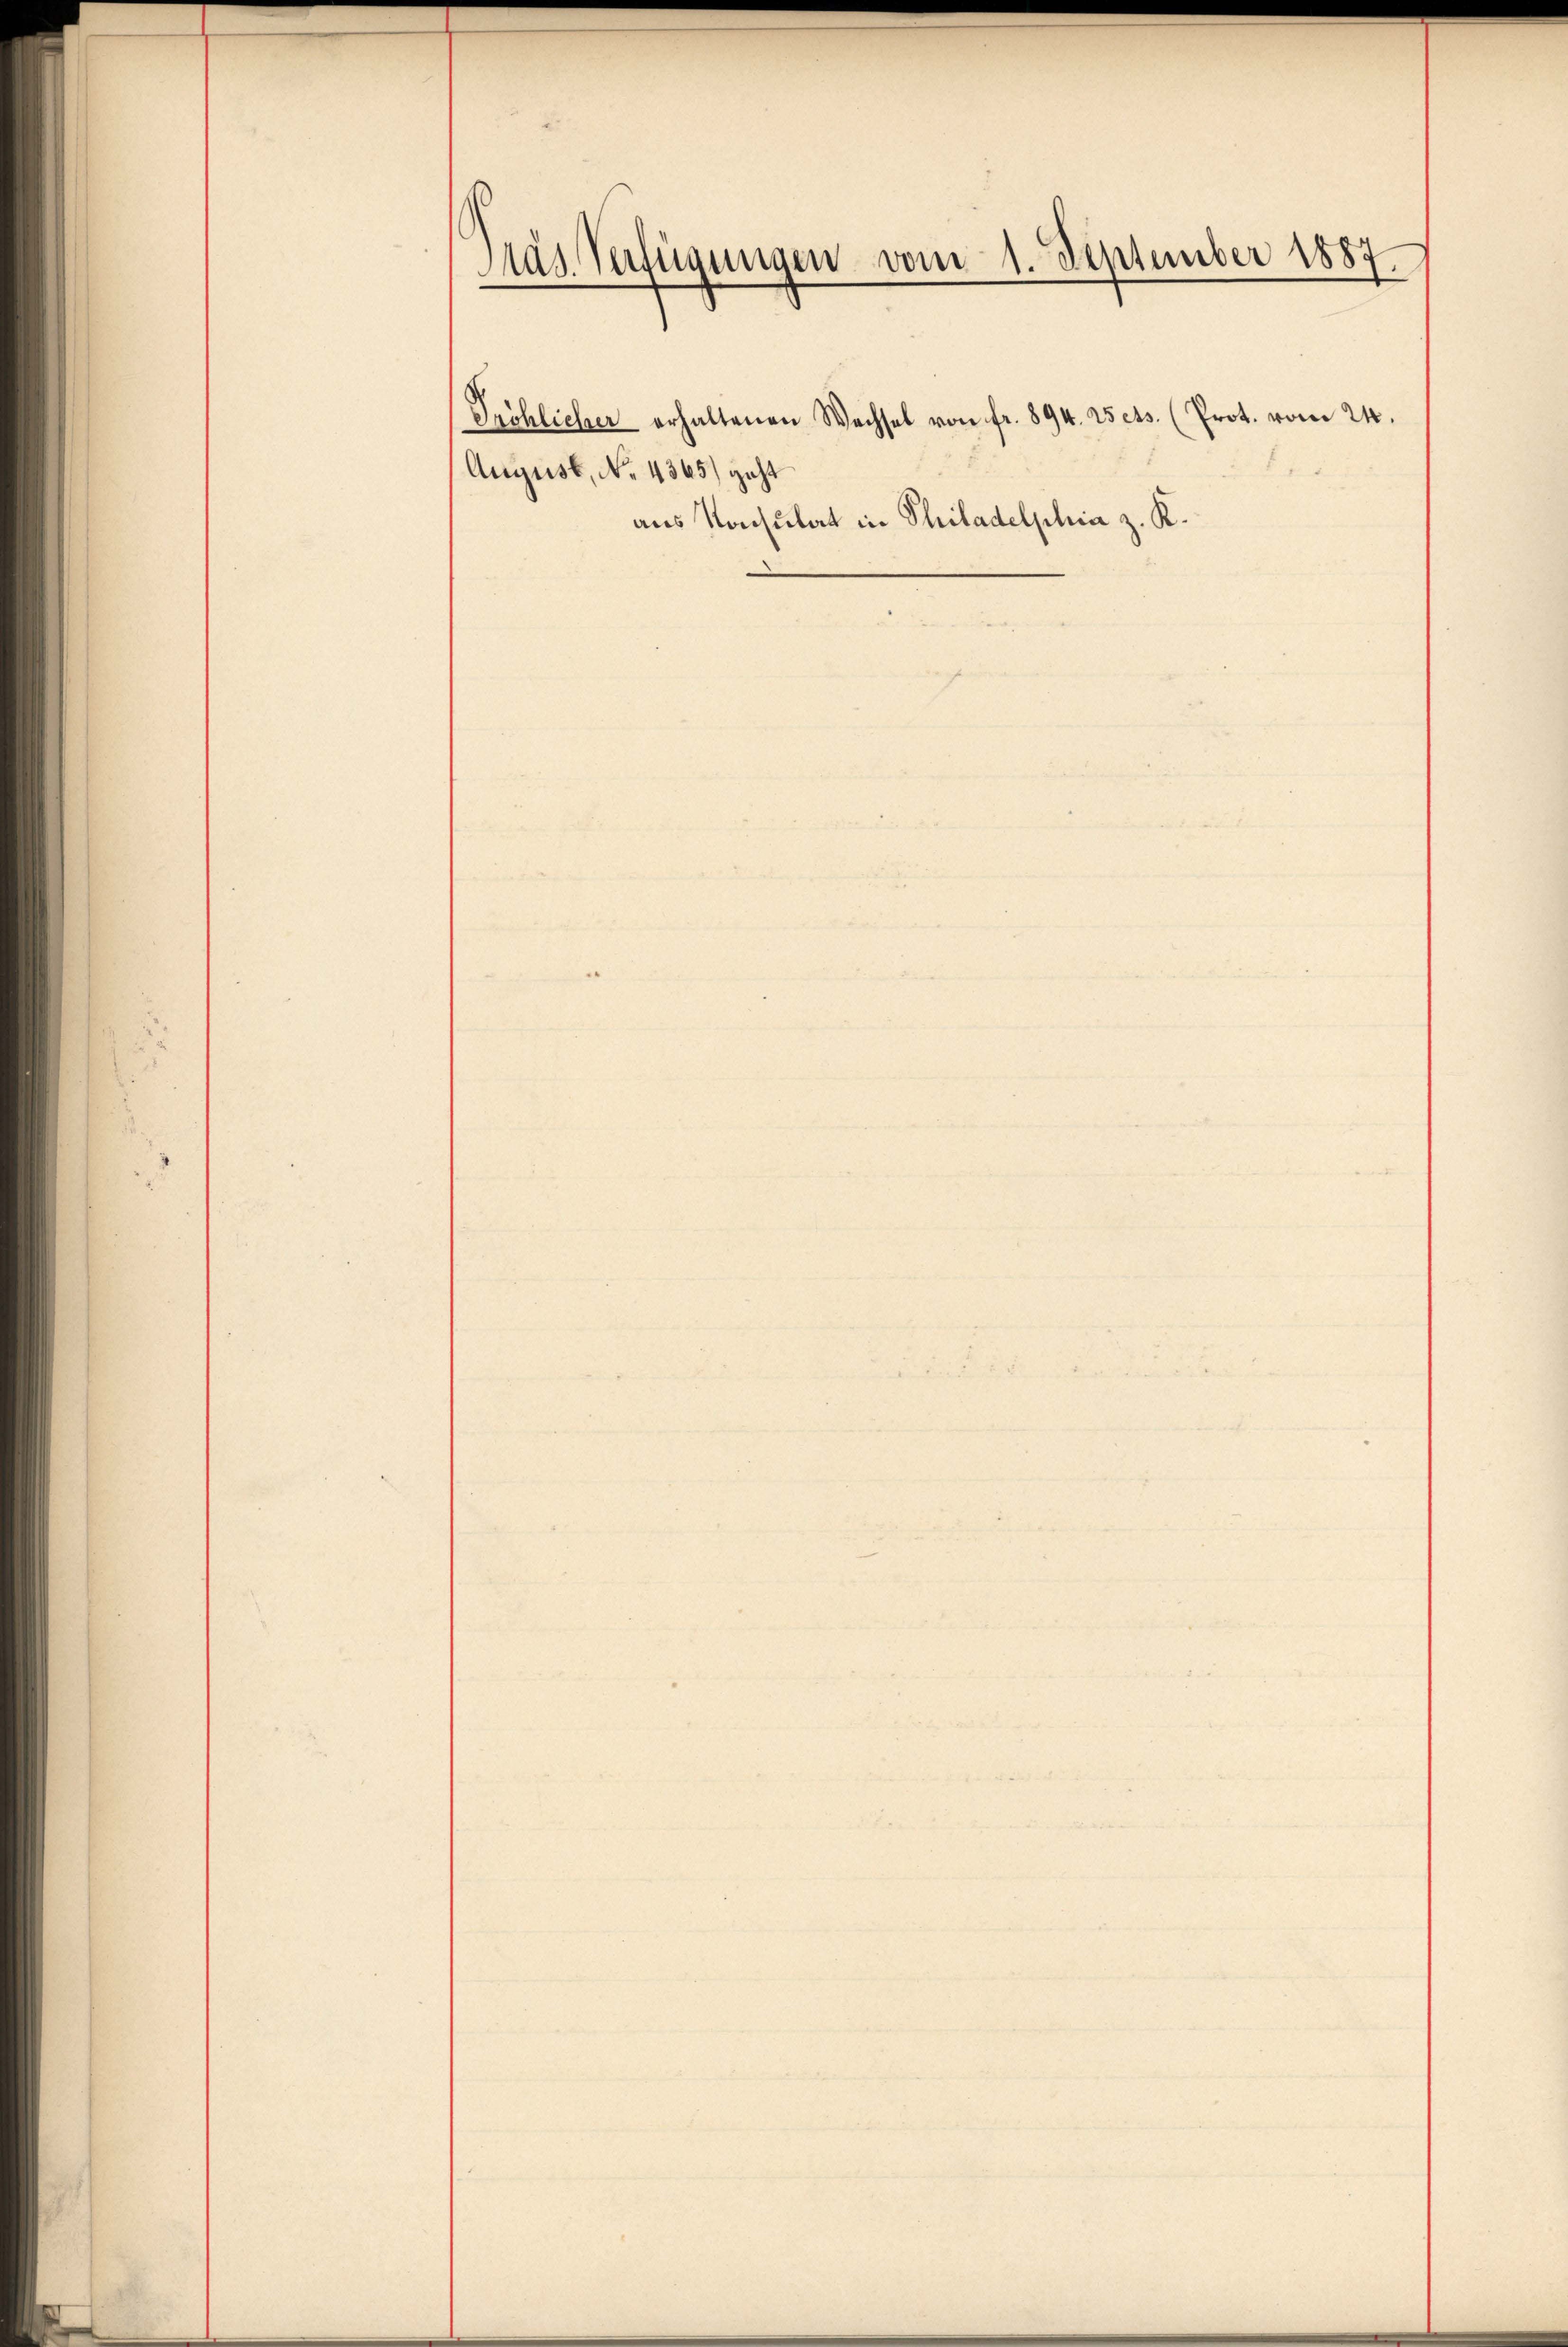
Pras Verfügungen vom 1. September 1887.

August, No. 4365) geht
aus Konsulat in Philadelphia z. K.

Pröhlicher erhaltenen Wechsel von fr. 894. Isets. (Prot. vom 24.